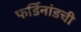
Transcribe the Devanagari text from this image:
फर्डिनांडची